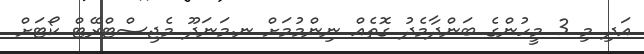
އަދި މި 3 މީހުންގެ ބަންދާމެދު ގޮތެއް ނިންމުމަށް ނ.މަނަދޫ މެޖިސްޓްރޭޓް ކޯޓަށް